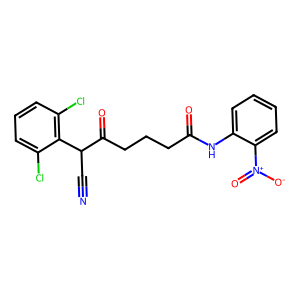
SMILES: N#CC(C(=O)CCCC(=O)Nc1ccccc1[N+](=O)[O-])c1c(Cl)cccc1Cl
Inhibits HIV replication: No